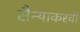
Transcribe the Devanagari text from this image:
सैन्याकरवी